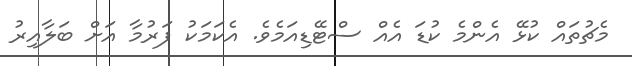
މެޗުތައް ކުޅޭ އެންމެ ކުޑަ އެއް ސްޓޭޑިއަމެވެ. އެކަމަކު ފަރުމާ އަށް ބަލާއިރު